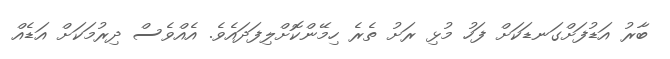
ބާރު އަޑުފަށްގަނޑަކަށް ފަހު މުޅި ރަށު ތެރެ ހިމޭންކޮށްލިފަދައެވެ. އެއްވެސް ދިރުމަކަށް އަޑެއް